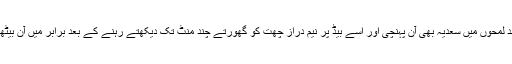
چند لمحوں میں سعدیہ بھی آن پہنچی اور اسے بیڈ پر نیم دراز چھت کو گھورتے چند منٹ تک دیکھتے رہنے کے بعد برابر میں آن بیٹھی۔